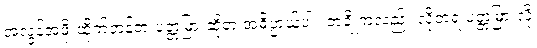
အလွန်အဖိုးထိုက်တန်တဲ့ ပတ္တမြားဆိုတဲ့ အဓိပ္ပာယ်ပါ။ တချို့ကလည်း လိုတရ ပတ္တမြားလို့